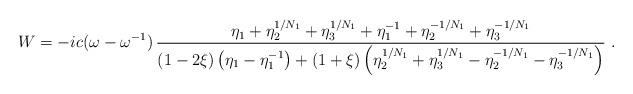
LaTeX: \begin{align*}W=-ic(\omega-\omega^{-1})\,{\eta_1+\eta_2^{1/N_1}+\eta_3^{1/N_1}+ \eta_1^{-1}+\eta_2^{-1/N_1}+\eta_3^{-1/N_1} \over (1-2\xi) \left(\eta_1-\eta_1^{-1}\right)+(1+\xi) \left(\eta_2^{1/N_1}+\eta_3^{1/N_1}- \eta_2^{-1/N_1}-\eta_3^{-1/N_1}\right)} \ .\end{align*}